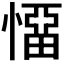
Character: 𭞬